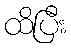
ထိပြီး